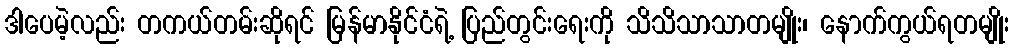
ဒါပေမဲ့လည်း တကယ်တမ်းဆိုရင် မြန်မာနိုင်ငံရဲ့ ပြည်တွင်းရေးကို သိသိသာသာတမျိုး၊ နောက်ကွယ်ရတမျိုး